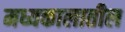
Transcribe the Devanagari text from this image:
मध्यकालातील